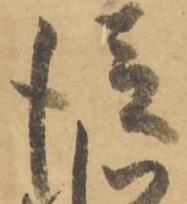
従